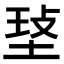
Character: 𤥷